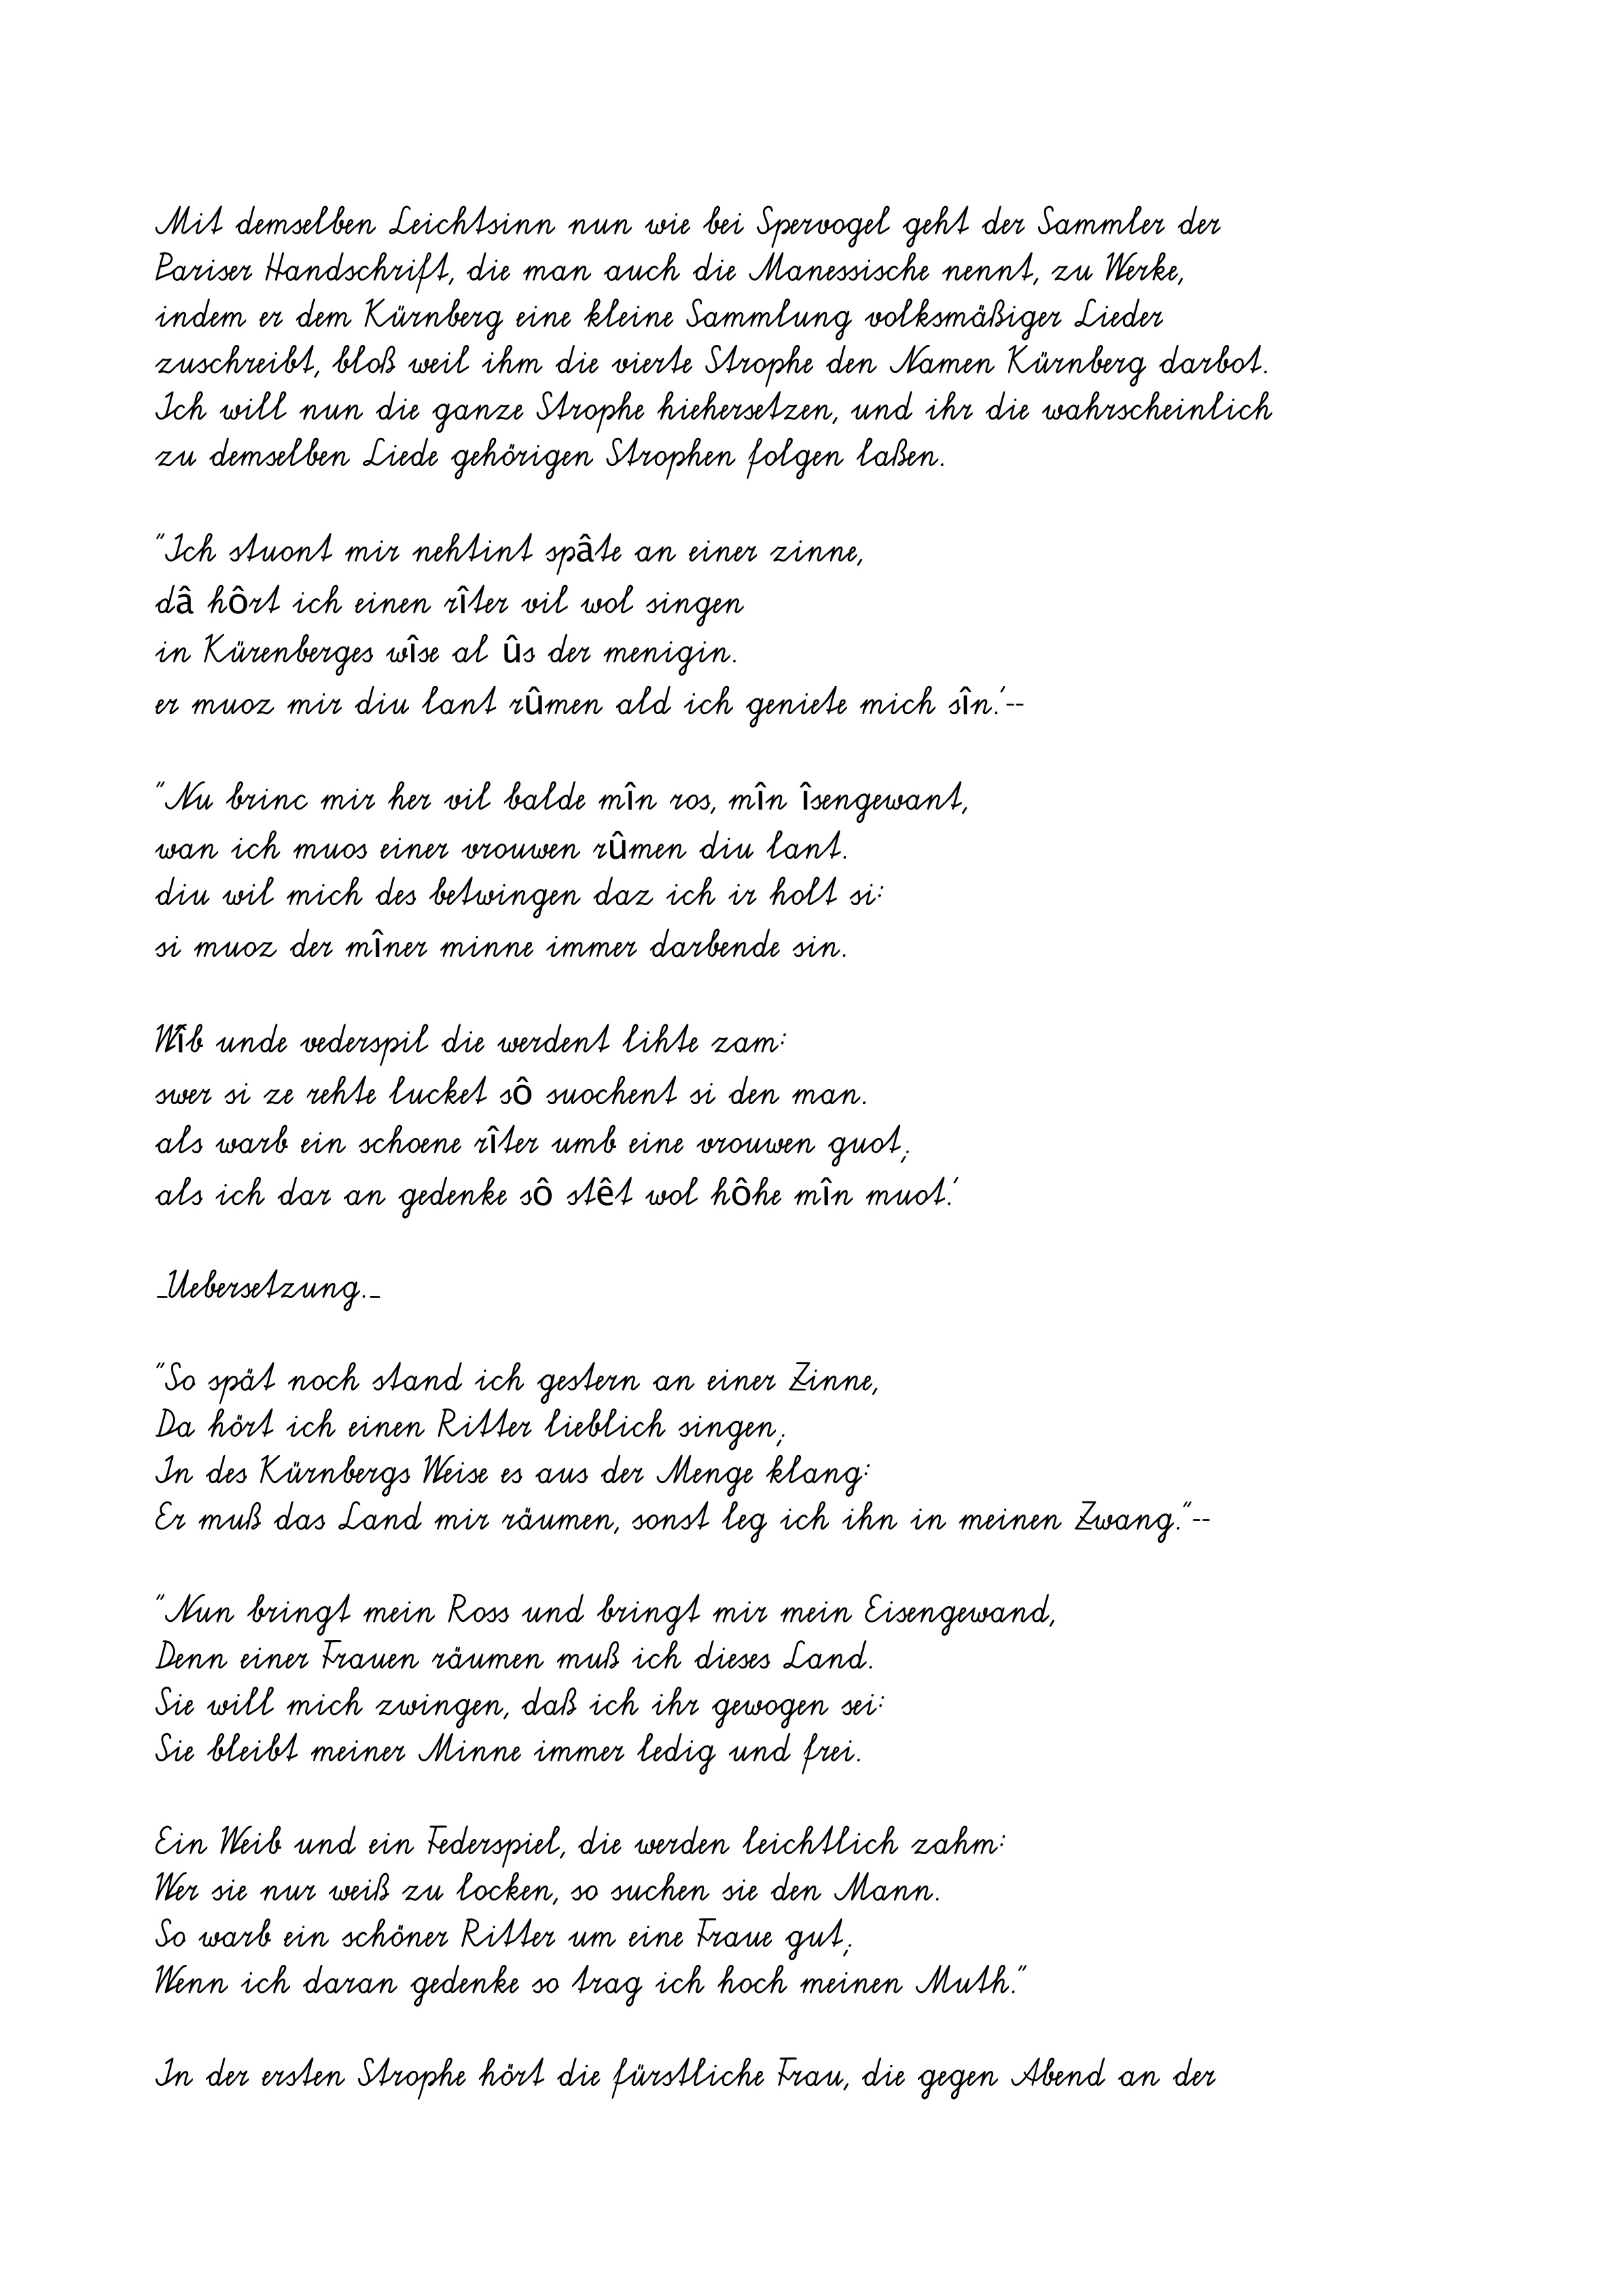
Mit demselben Leichtsinn nun wie bei Spervogel geht der Sammler der
Pariser Handschrift, die man auch die Manessische nennt, zu Werke,
indem er dem Kürnberg eine kleine Sammlung volksmäßiger Lieder
zuschreibt, bloß weil ihm die vierte Strophe den Namen Kürnberg darbot.
Ich will nun die ganze Strophe hiehersetzen, und ihr die wahrscheinlich
zu demselben Liede gehörigen Strophen folgen laßen.
"Ich stuont mir nehtint spâte an einer zinne,
dâ hôrt ich einen rîter vil wol singen
in Kürenberges wîse al ûs der menigin.
er muoz mir diu lant rûmen ald ich geniete mich sîn.'--
"Nu brinc mir her vil balde mîn ros, mîn îsengewant,
wan ich muos einer vrouwen rûmen diu lant.
diu wil mich des betwingen daz ich ir holt si:
si muoz der mîner minne immer darbende sin.
Wîb unde vederspil die werdent lihte zam:
swer si ze rehte lucket sô suochent si den man.
als warb ein schoene rîter umb eine vrouwen guot;
als ich dar an gedenke sô stêt wol hôhe mîn muot.'
_Uebersetzung._
"So spät noch stand ich gestern an einer Zinne,
Da hört ich einen Ritter lieblich singen;
In des Kürnbergs Weise es aus der Menge klang:
Er muß das Land mir räumen, sonst leg ich ihn in meinen Zwang."--
"Nun bringt mein Ross und bringt mir mein Eisengewand,
Denn einer Frauen räumen muß ich dieses Land.
Sie will mich zwingen, daß ich ihr gewogen sei:
Sie bleibt meiner Minne immer ledig und frei.
Ein Weib und ein Federspiel, die werden leichtlich zahm:
Wer sie nur weiß zu locken, so suchen sie den Mann.
So warb ein schöner Ritter um eine Fraue gut;
Wenn ich daran gedenke so trag ich hoch meinen Muth."
In der ersten Strophe hört die fürstliche Frau, die gegen Abend an der